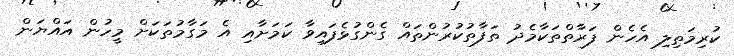
ކުރިމަތިލި އެހެން ފަރާތްތަކާމެދު ތަފާތުކުރުންތައް ގެންގުޅެފައިވާ ކަަމަށާއި އެ މަގާމުތަކަށް މީހުން އައްޔަން